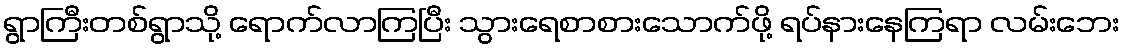
ရွာကြီးတစ်ရွာသို့ ရောက်လာကြပြီး သွားရေစာစားသောက်ဖို့ ရပ်နားနေကြရာ လမ်းဘေး